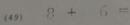
( 4 9 ) 8 + 6 =